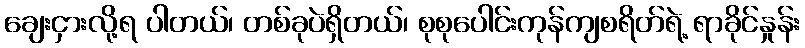
ချေးငှားလို့ရ ပါတယ်၊ တစ်ခုပဲရှိတယ်၊ စုစုပေါင်းကုန်ကျစရိတ်ရဲ့ ရာခိုင်နှုန်း